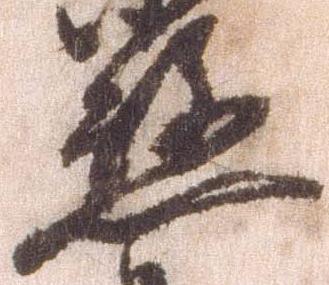
懸